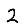
Digit: 2